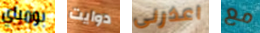
بومباي دوايت اعذرنى مع